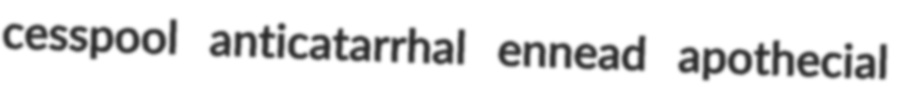
cesspool anticatarrhal ennead apothecial